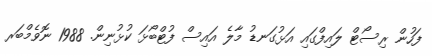
ފަހުން ރިސޯޓް ލައިފްގައި އަޅުގަނޑު މާލެ އައިސް ފުޓްބޯޅަ ކުޅުނިން. 1988 ނޮވެމްބަރ